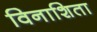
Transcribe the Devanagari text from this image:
विनाशिता